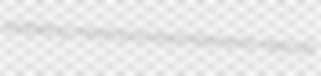
relabeling melampod enjambements mescals